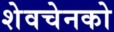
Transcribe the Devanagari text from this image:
शेवचेनको